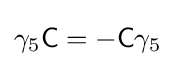
\gamma _{5}{\mathsf {C}}=-{\mathsf {C}}\gamma _{5}